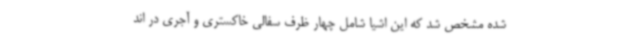
شده مشخص شد که این اشیا شامل چهار ظرف سفالی خاکستری و آجری در اند